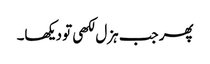
پھر جب ہزل لکھی تو دیکھا۔